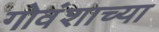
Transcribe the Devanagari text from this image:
गोवंशाच्या